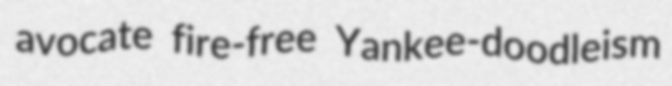
avocate fire-free Yankee-doodleism